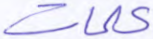
كلمات